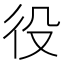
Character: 役